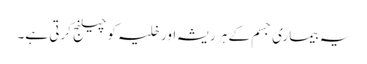
یہ بیماری جسم کے ہر ریشہ اور خلیہ کو چیلنج کرتی ہے۔